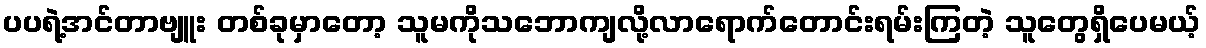
ပပရဲ့အင်တာဗျူး တစ်ခုမှာတော့ သူမကိုသဘောကျလို့လာရောက်တောင်းရမ်းကြတဲ့ သူတွေရှိပေမယ့်